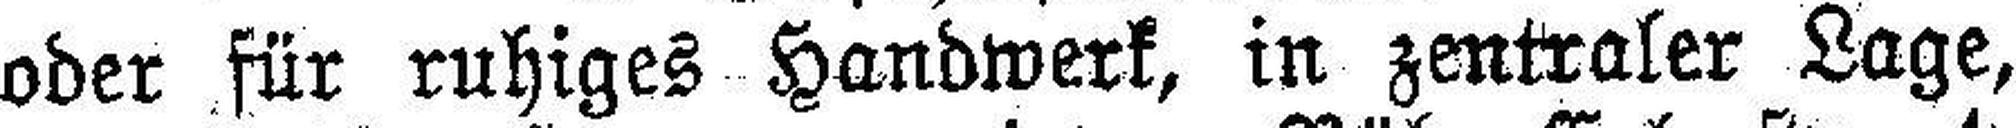
oder für ruhiges Handwerk, in zentraler Lage,